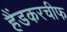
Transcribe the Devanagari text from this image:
हैंडकरचीफ